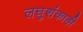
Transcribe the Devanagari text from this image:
लघुशंकाही